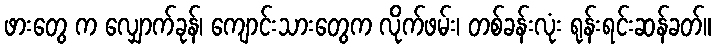
ဖားတွေ က လျှောက်ခုန်၊ ကျောင်းသားတွေက လိုက်ဖမ်း၊ တစ်ခန်းလုံး ရုန်းရင်းဆန်ခတ်။